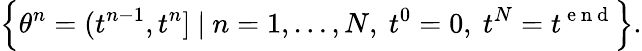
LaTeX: \Big\{ \theta^{n}=(t^{n-1},t^{n}]\ |\ n=1,\ldots,N,\ t^{0}=0,\ t^{N}=t^{\mathrm{~e~n~d~}}\Big\} .